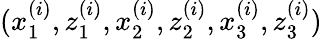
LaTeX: (x_{1}^{(i)},z_{1}^{(i)},x_{2}^{(i)},z_{2}^{(i)},x_{3}^{(i)},z_{3}^{(i)})